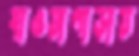
হাওয়াপাড়ায়